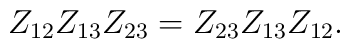
Z_{12}Z_{13}Z_{23}     =Z_{23}Z_{13}Z_{12}.